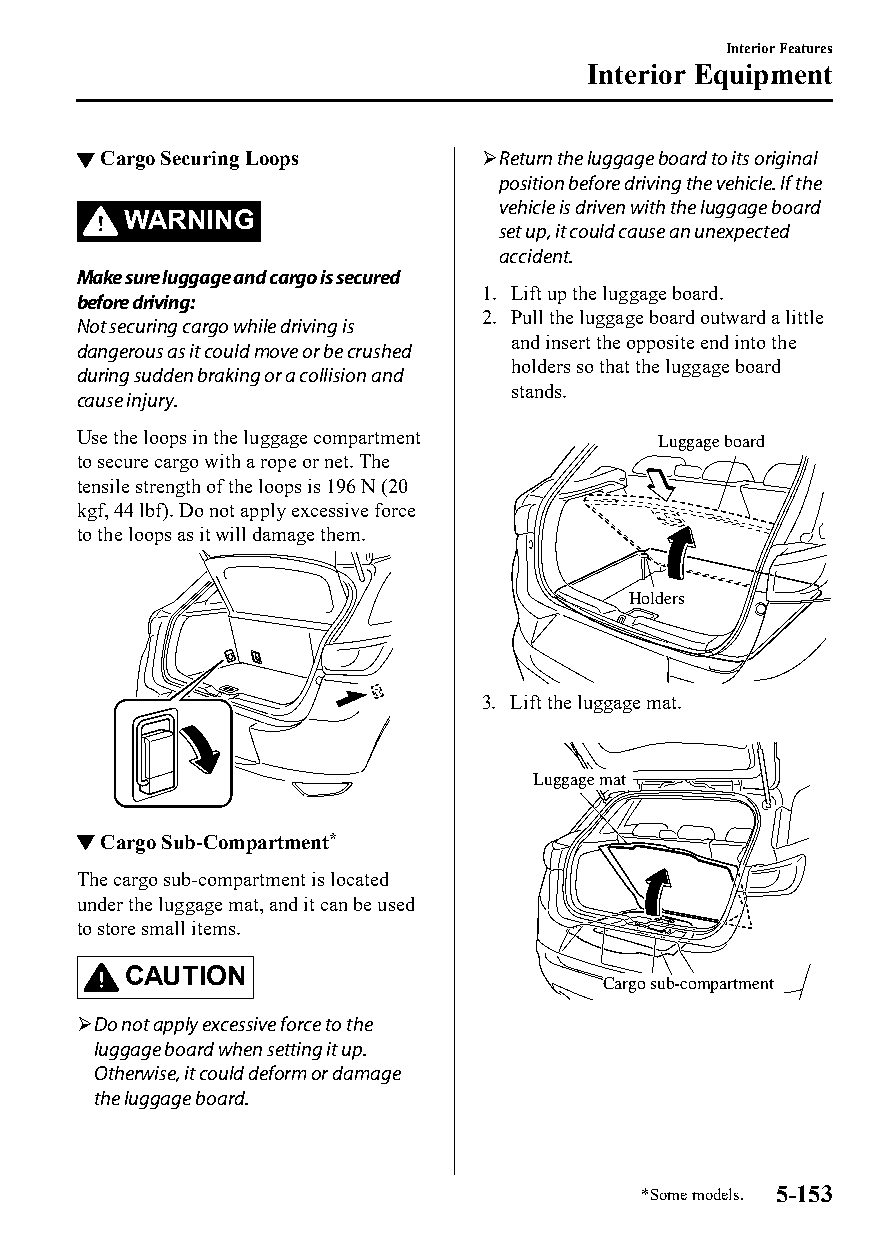
Interior Features
 Interior Equipment
 ▼Cargo Securing Loops      Return the luggage board to its original
 position before driving the vehicle. If the
 vehicle is driven with the luggage board
 WARNING
 set up, it could cause an unexpected
 accident.
 Make sure luggage and cargo is secured
 1. Lift up the luggage board.
 before driving:
 2. Pull the luggage board outward a little
 Not securing cargo while driving is
 and insert the opposite end into the
 dangerous as it could move or be crushed
 holders so that the luggage board
 during sudden braking or a collision and
 stands.
 cause injury.
 Use the loops in the luggage compartment Luggage board
 to secure cargo with a rope or net. The
 tensile strength of the loops is 196 N (20
 kgf, 44 lbf). Do not apply excessive force
 to the loops as it will damage them.
 Holders
 3. Lift the luggage mat.
 Luggage mat
 ▼Cargo Sub-Compartment*
 The cargo sub-compartment is located
 under the luggage mat, and it can be used
 to store small items.
 CAUTION
 Cargo sub-compartment
 Do not apply excessive force to the
 luggage board when setting it up.
 Otherwise, it could deform or damage
 the luggage board.
 *Some models. 5-153
 CX-3_8GT4-EE-18D_Edition4                  2018-9-6 18:32:19